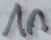
Text: 1n